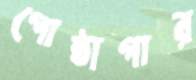
গোষ্ঠাগার